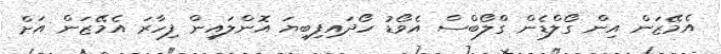
އެމޭޒަން އިން ގޯލްޑެން ގްލޯބްސް އެވޯޑު ހޯދައިފިބިޔަ އޮންލައިން ފިހާރަ އެމޭޒަން އަށް